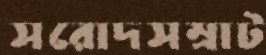
সরোদসম্রাট